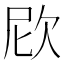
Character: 𣢞